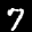
Label: 7